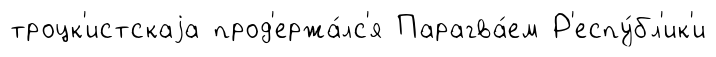
троцк'истскаjа прод'ержа́лс'я Парагва́ем Р'еспу́бл'ик'и